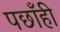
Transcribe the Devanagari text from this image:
पछाँही